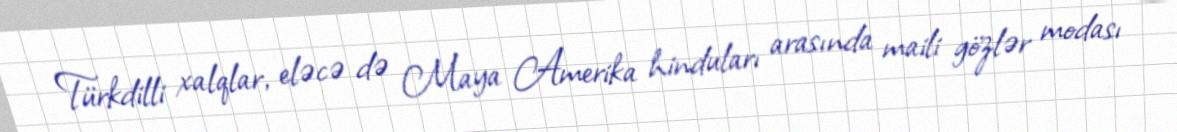
Türkdilli xalqlar, eləcə də Maya Amerika hinduları arasında maili gözlər modası